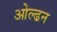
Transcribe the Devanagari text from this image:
ओल्ढन